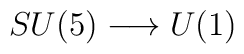
SU(5) \longrightarrow U(1)